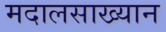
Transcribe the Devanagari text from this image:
मदालसाख्यान